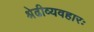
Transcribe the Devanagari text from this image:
श्रेढीव्यवहारः